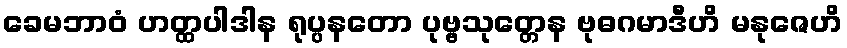
ခေမဘာဝံ ဟတ္ထပါဒါန ရုပ္ပနတော ပုဗ္ဗသုတ္တေန ဗုဓဂမာဒီဟိ မနုဇေဟိ